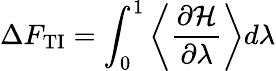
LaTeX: \Delta F_{\textrm{TI}}=\int_{0}^{1}\left\langle\frac{\partial\mathcal{H}}{\partial\lambda}\right\rangle d\lambda